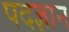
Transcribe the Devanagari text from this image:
पदज्ञान